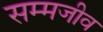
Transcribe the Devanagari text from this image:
सम्मजीव